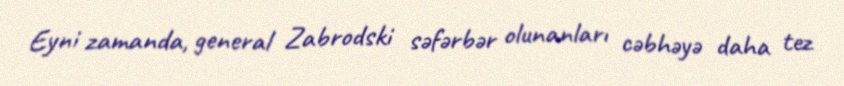
Eyni zamanda, general Zabrodski səfərbər olunanları cəbhəyə daha tez